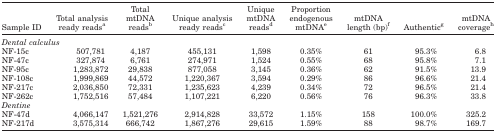
| Sample ID | <COLSPAN=2> Total analysis ready readsa | Total mtDNA readsb | Unique analysis ready readsc | Unique mtDNA readsd | Proportion endogenous mtDNAe | mtDNA length (bp)f | Authenticg | mtDNA coverageh |
 | --- | --- | --- | --- | --- | --- | --- | --- | --- | --- |
 | <COLSPAN=3> Dental calculus |  |  |  |  |  |  |  |
 | <COLSPAN=2> NF‐15c | 507,781 | 4,187 | 455,131 | 1,598 | 0.35% | 61 | 95.3% | 6.8 |
 | <COLSPAN=2> NF‐47c | 327,874 | 6,761 | 274,971 | 1,524 | 0.55% | 68 | 95.8% | 7.1 |
 | <COLSPAN=2> NF‐95c | 1,283,872 | 29,838 | 877,058 | 3,145 | 0.36% | 62 | 91.5% | 13.9 |
 | <COLSPAN=2> NF‐108c | 1,999,869 | 44,572 | 1,220,367 | 3,594 | 0.29% | 86 | 96.6% | 21.4 |
 | <COLSPAN=2> NF‐217c | 2,036,850 | 72,331 | 1,235,623 | 4,239 | 0.34% | 72 | 96.5% | 21.4 |
 | <COLSPAN=2> NF‐262c | 1,752,516 | 57,484 | 1,107,221 | 6,220 | 0.56% | 76 | 96.3% | 33.8 |
 | <COLSPAN=2> Dentine |  |  |  |  |  |  |  |  |
 | <COLSPAN=2> NF‐47d | 4,066,147 | 1,521,276 | 2,914,828 | 33,572 | 1.15% | 158 | 100.0% | 325.2 |
 | <COLSPAN=2> NF‐217d | 3,575,314 | 666,742 | 1,867,276 | 29,615 | 1.59% | 88 | 98.7% | 169.7 |